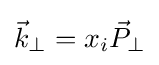
{\vec {k}}_{\perp }=x_{i}{\vec {P}}_{\perp }